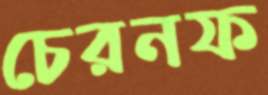
চেরনফ